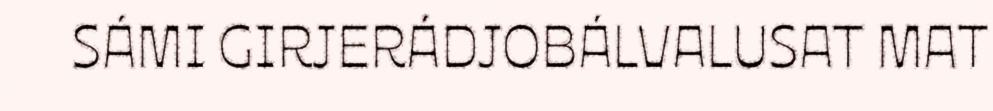
SÁMI GIRJERÁDJOBÁLVALUSAT MAT